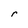
Character: r